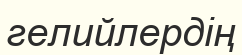
гелийлердің